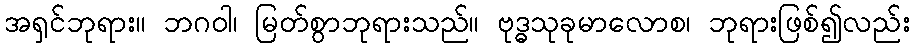
အရှင်ဘုရား။ ဘဂဝါ၊ မြတ်စွာဘုရားသည်။ ဗုဒ္ဓသုခုမာလောစ၊ ဘုရားဖြစ်၍လည်း